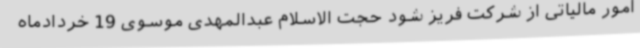
امور مالیاتی از شرکت فریز شود حجت الاسلام عبدالمهدی موسوی 19 خردادماه